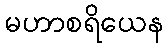
မဟာစရိယေန